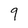
Character: 9